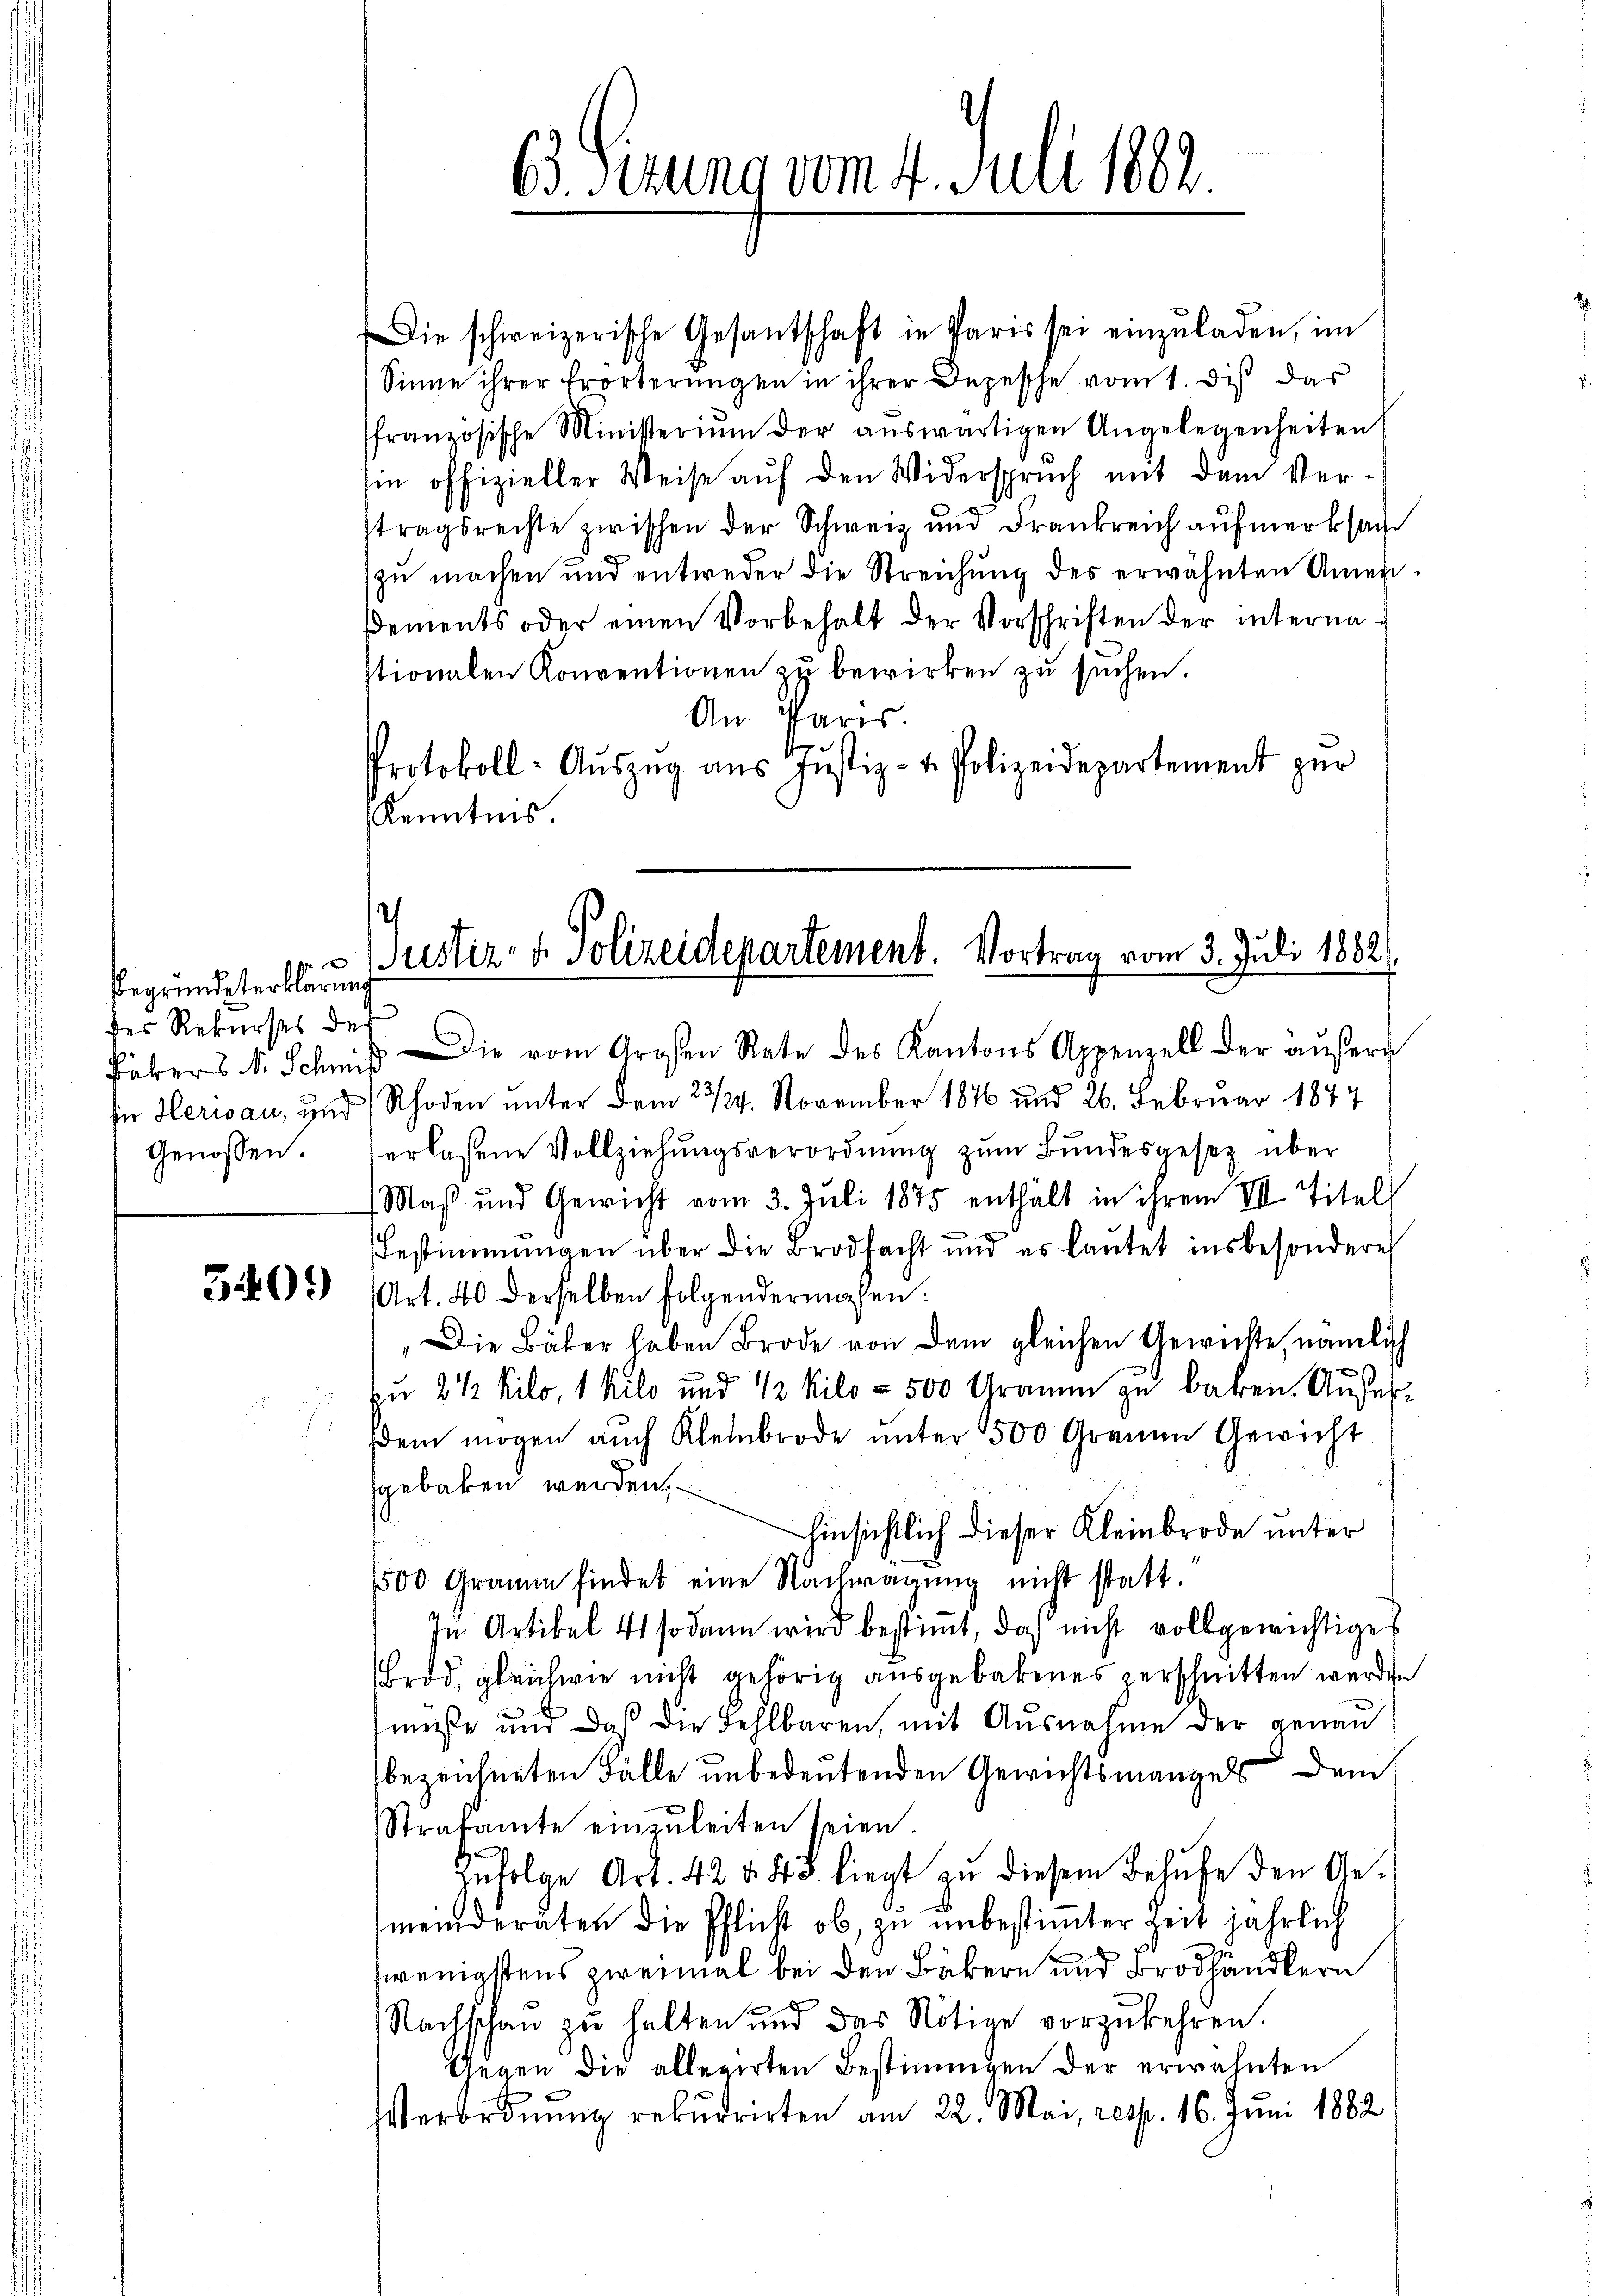
x
begründeterklärun
des Rekurses de
in Herisau, und
Genossen.

3409

Die schweizerische Gesantschaft in Paris sei einzŭladen, im
Sinne ihrer Erörterungen in ihrer Depesche vom 1. dis das
ffranzösische Ministerium der aŭswärtigen Angelegenheiten
sie offizieller Weise auf den Widerspruch mit dem Vertragsrechte zwischen der Schweiz und Frankreich aŭfmerksam
zu machen und entweder die Streichung des erwähnten Amen-
Dements oder einen Vorbehalt der Vorschriften der internastionalen Konventionen zu bewirken zu suchen.
An Paris.
Protokoll-Aŭszŭg aŭs Justiz- & Polizeidepartement zŭr
Kenntnis

63. Ferung vom 4. Juli 1882

Justiz- & Polizeidepartement. Vortrag vom 3. Juli 1882.

Fäbers N. Schnis die vom Großen Rate des Kantons Appenzell der aŭβern
Rhoden unter dem 23/34. November 1876 und 26. Februar 1874
erlaßene Vollziehungsverordnung zum Bundesgesetz über
Maß und Gewicht vom 3. Juli 1875 enthält in ihrem VII Titels
Bestimmungen über die Brodsacht und es lautet insbesondere
Art. 40 derselben folgendermaßen.
Die Bäber haben Brode von dem gleichen Gewichte, nämlich
zu 2 ½ Kilo, 1 Kilo und ½ Kilo - 500 Gramm zu baken. Außerdem mögen auch Kleinbrode unter 500 Grauen Gewicht
sgebacken werden.
hinsichtlich dieser Kleinbrode unter
1500 Gramm findet eine Nachragung nicht statt.
In Artikel 41 sodann wird bestimmt, daß nicht vollgewichtiget
Brod, gleichwie nicht gehörig ausgebackenes zerschnitten werden
müßte und daß die Fehlbaren, mit Ausnahme der genau
bezeichneten Fälle unbedeutenden Gewichtsmangels dem
Strafante einzŭleiten seien.
Zŭfolge Art. 42 § 48. liegt zŭ diesem Behufe den Ge-
meinderäten die Pflicht ob, zu unbestimmter Zeit jährlich
wenigstens zweimal bei den Bäkern und Brodhändlern
Nachschau zu halten und das Nötige vorzukehren.
Gegen die allegirten Bestimmgen der erwähnten
Verordnung rekurrirten am 22. Mai, resp. 16. Juni 1882